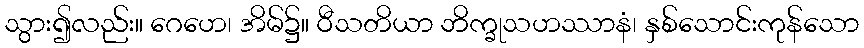
သွား၍လည်း။ ဂေဟေ၊ အိမ်၌။ ဝီသတိယာ ဘိက္ခုသဟဿာနံ၊ နှစ်သောင်းကုန်သော